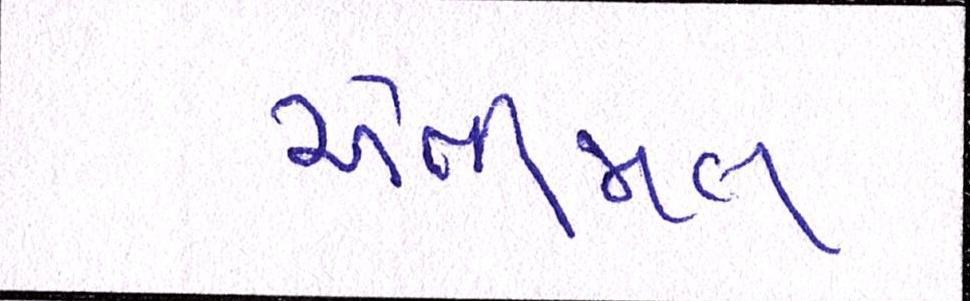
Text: એનીમલ